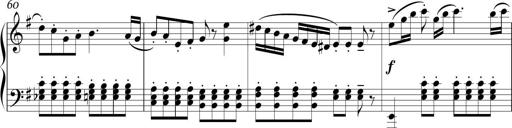
Title: Sonatina in E minor
Composer: Shuwen Zhang
Key: E minor